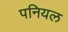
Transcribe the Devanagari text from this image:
पनियल